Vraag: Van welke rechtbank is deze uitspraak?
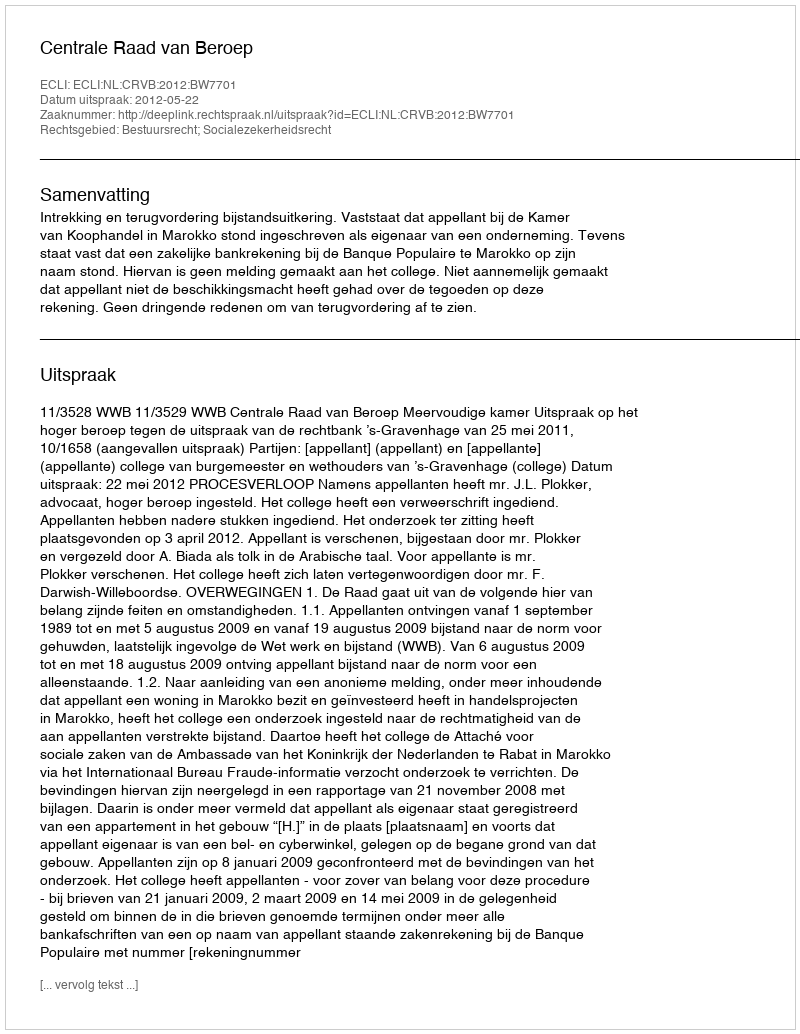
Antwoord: Centrale Raad van Beroep